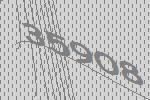
35908